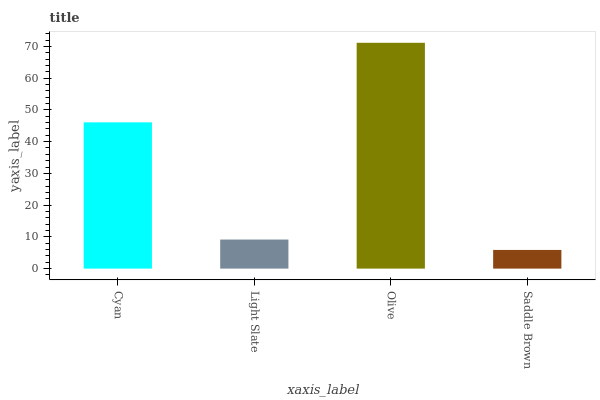
| xaxis_label | bars |
 | --- | --- |
 | Cyan | 46.1 |
 | Light Slate | 9.16 |
 | Olive | 71.1 |
 | Saddle Brown | 5.88 |